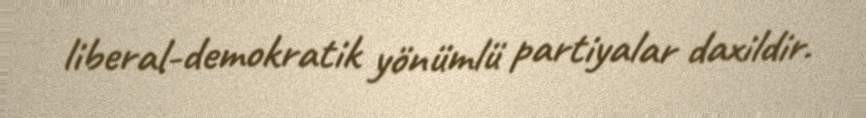
liberal-demokratik yönümlü partiyalar daxildir.